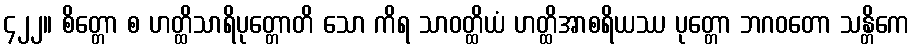
၄၂၂။ စိတ္တော စ ဟတ္ထိသာရိပုတ္တောတိ သော ကိရ သာဝတ္ထိယံ ဟတ္ထိအာစရိယဿ ပုတ္တော ဘဂဝတော သန္တိကေ